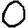
Digit: 0